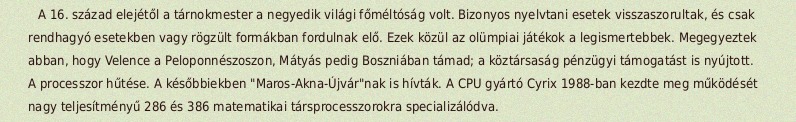
A 16. század elejétől a tárnokmester a negyedik világi főméltóság volt. Bizonyos nyelvtani esetek visszaszorultak, és csak rendhagyó esetekben vagy rögzült formákban fordulnak elő. Ezek közül az olümpiai játékok a legismertebbek. Megegyeztek abban, hogy Velence a Peloponnészoszon, Mátyás pedig Boszniában támad; a köztársaság pénzügyi támogatást is nyújtott. A processzor hűtése. A későbbiekben "Maros-Akna-Újvár"nak is hívták. A CPU gyártó Cyrix 1988-ban kezdte meg működését nagy teljesítményű 286 és 386 matematikai társprocesszorokra specializálódva.